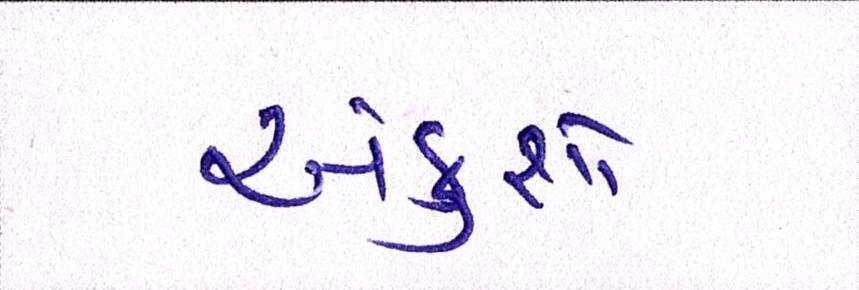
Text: અંકુશો